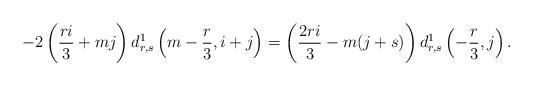
LaTeX: \begin{align*}-2\left(\frac {ri}3+mj\right)d^1_{r,s}\left(m-\frac r3,i+j\right)=\left(\frac{2ri}3-m(j+s)\right)d^1_{r,s}\left(-\frac r3,j\right).\end{align*}